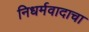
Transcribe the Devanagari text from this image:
निधर्मवादाचा